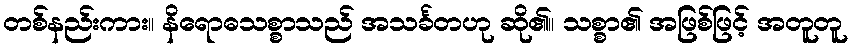
တစ်နည်းကား။ နိရောဓသစ္စာသည် အသင်္ခတဟု ဆို၏။ သစ္စာ၏ အဖြစ်ဖြင့် အတူတူ